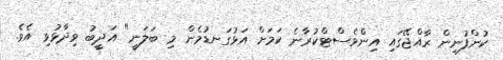
ކުންފުނިން ރާއްޖޭގައި އިންވެސްޓްކުރާނެ ކަމަށް އަޅުގަނޑުމެން މި ބަލަނީ" އަދީބު ވިދާޅުވި އެވެ.